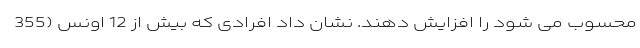
محسوب می شود را افزایش دهند. نشان داد افرادی که بیش از 12 اونس (355